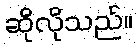
ဆိုလိုသည်။